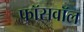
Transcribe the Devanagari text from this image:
फॉसवॉल